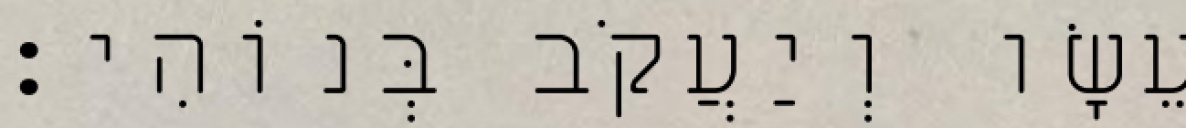
עֵשָׂו וְיַעֲקֹב בְּנוֹהִי׃